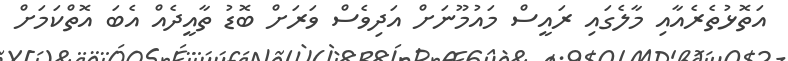
އަތޮޅުތެރެއާއި މާލެގައި ރައީސް މައުމޫނަށް އަދިވެސް ވަރަށް ބޮޑު ތާއީދެއް އެބަ އޮތްކަމަށް